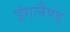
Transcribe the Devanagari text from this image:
इंगलैण्‍ड